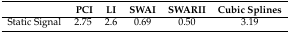
|  | PCI | LI | SWAI | SWARII | Cubic Splines |
 | --- | --- | --- | --- | --- | --- |
 | Static Signal | 2.75 | 2.6 | 0.69 | 0.50 | 3.19 |